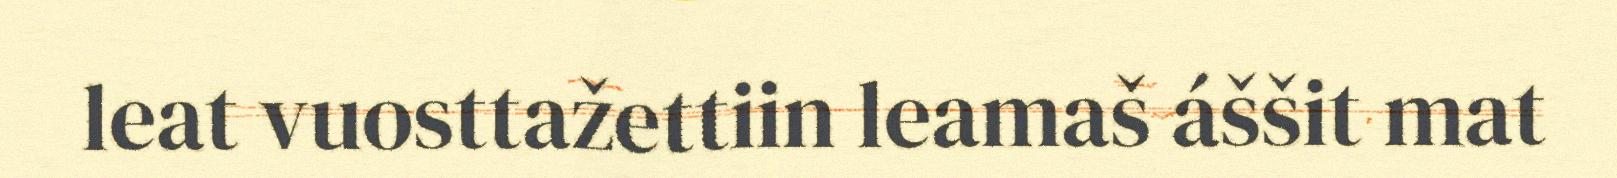
leat vuosttažettiin leamaš áššit mat